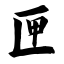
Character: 匣